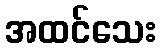
အထင်သေး